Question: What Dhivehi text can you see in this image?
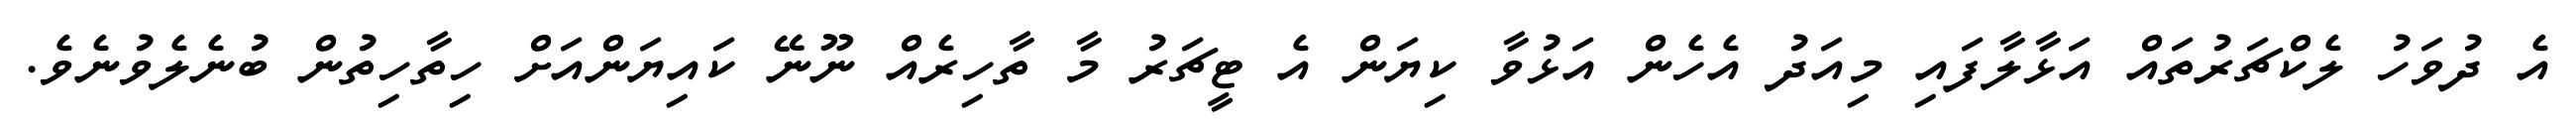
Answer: އެ ދުވަހު ލެކްޗަރުތައް އަޅާލާފައި މިއަދު އެހެން އަޅުވާ ކިޔަން އެ ޓީޗަރު މާ ތާހިރެއް ނޫނޭ ކައިޔަންއަށް ހިތާހިތުން ބުނެލެވުނެވެ.